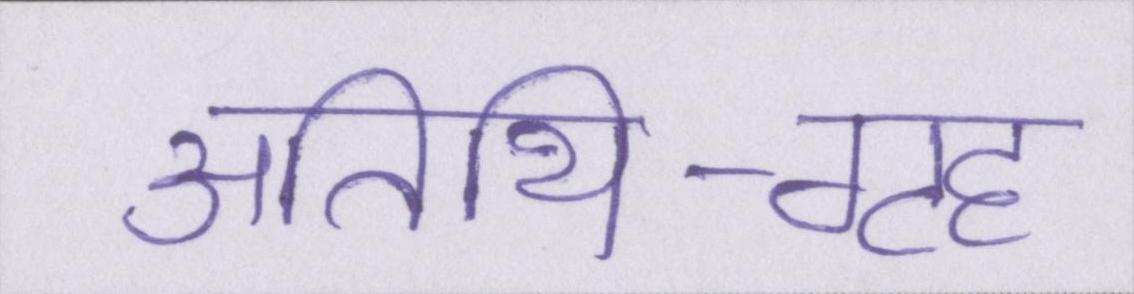
अतिथि-गृह